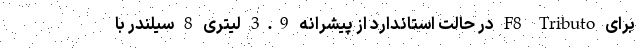
برای F8 Tributo در حالت استاندارد از پیشرانه 3.9 لیتری 8 سیلندر با